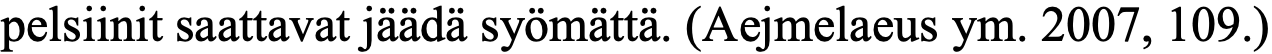
pelsiinit saattavat jäädä syömättä. (Aejmelaeus ym. 2007, 109.)